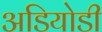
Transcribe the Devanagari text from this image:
अडियोडी